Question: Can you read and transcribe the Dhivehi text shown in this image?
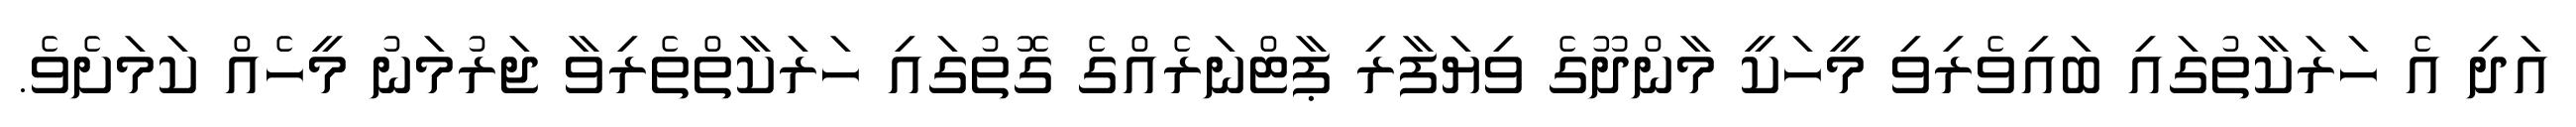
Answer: އަދި އެ ހަރަކާތުގައި ބައިވެރިވި މީހަކީ މާންދޫގެ ވިޔަފާރި ޕާޓްނަރެއްގެ ގޮތުގައި ހަރަކާތްތެރިވާ ޖަރުމަނު މީހެއް ކަމަށެވެ.